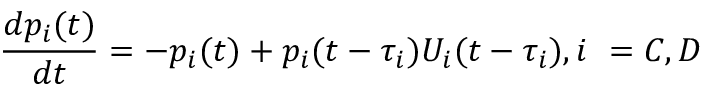
\frac { d p _ { i } ( t ) } { d t } = - p _ { i } ( t ) + p _ { i } ( t - \tau _ { i } ) U _ { i } ( t - \tau _ { i } ) , i ~ = C , D